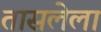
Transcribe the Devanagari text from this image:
तासलेला